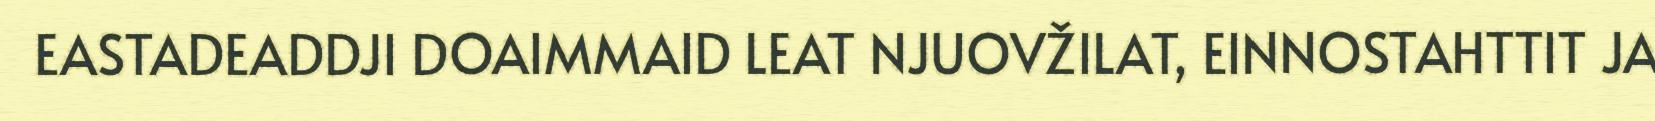
EASTADEADDJI DOAIMMAID LEAT NJUOVŽILAT, EINNOSTAHTTIT JA